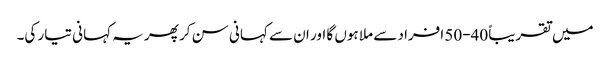
میں تقریباً 40-50 افراد سے ملا ہوں گا اور ان سے کہانی سن کر پھر یہ کہانی تیار کی۔